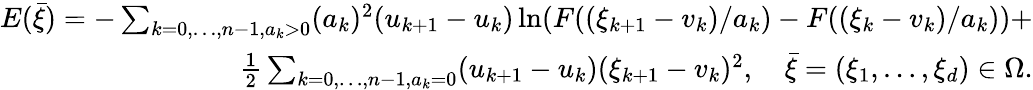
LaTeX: \begin{array}{r}{E(\bar{\xi})=-\sum_{k=0,\ldots,n-1,a_{k}>0}(a_{k})^{2}(u_{k+1}-u_{k})\ln(F((\xi_{k+1}-v_{k})/a_{k})-F((\xi_{k}-v_{k})/a_{k}))+}\\ {\frac{1}{2}\sum_{k=0,\ldots,n-1,a_{k}=0}(u_{k+1}-u_{k})(\xi_{k+1}-v_{k})^{2},\quad\bar{\xi}=(\xi_{1},\ldots,\xi_{d})\in\Omega.}\end{array}